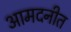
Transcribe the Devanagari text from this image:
आमदनीत